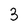
Character: 3